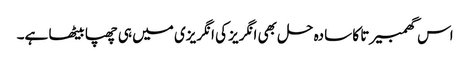
اس گھمبیرتا کا سادہ حل بھی انگریز کی انگریزی میں ہی چھپا بیٹھا ہے۔